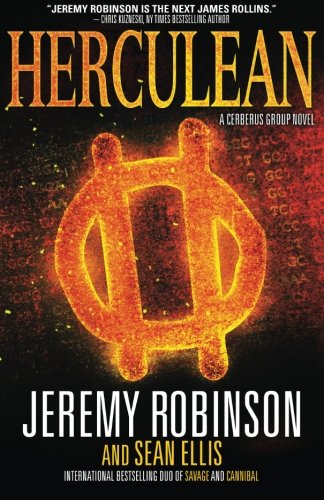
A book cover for Herculean (Cerberus Group Book 1) (Volume 1); Jeremy Robinson; Literature & Fiction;